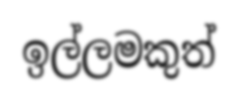
ඉල්ලමකුත්